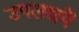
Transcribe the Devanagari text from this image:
उपलक्षमें